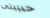
حبيبتى